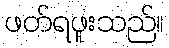
ဖတ်ရဖူးသည်။